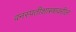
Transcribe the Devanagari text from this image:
वनस्पतीशास्त्रावरील